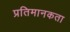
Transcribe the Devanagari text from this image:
प्रतिमानकता